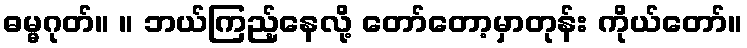
ဓမ္မဂုတ်။ ။ ဘယ်ကြည့်နေလို့ တော်တော့မှာတုန်း ကိုယ်တော်။